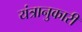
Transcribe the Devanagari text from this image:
यंत्रानुकारी